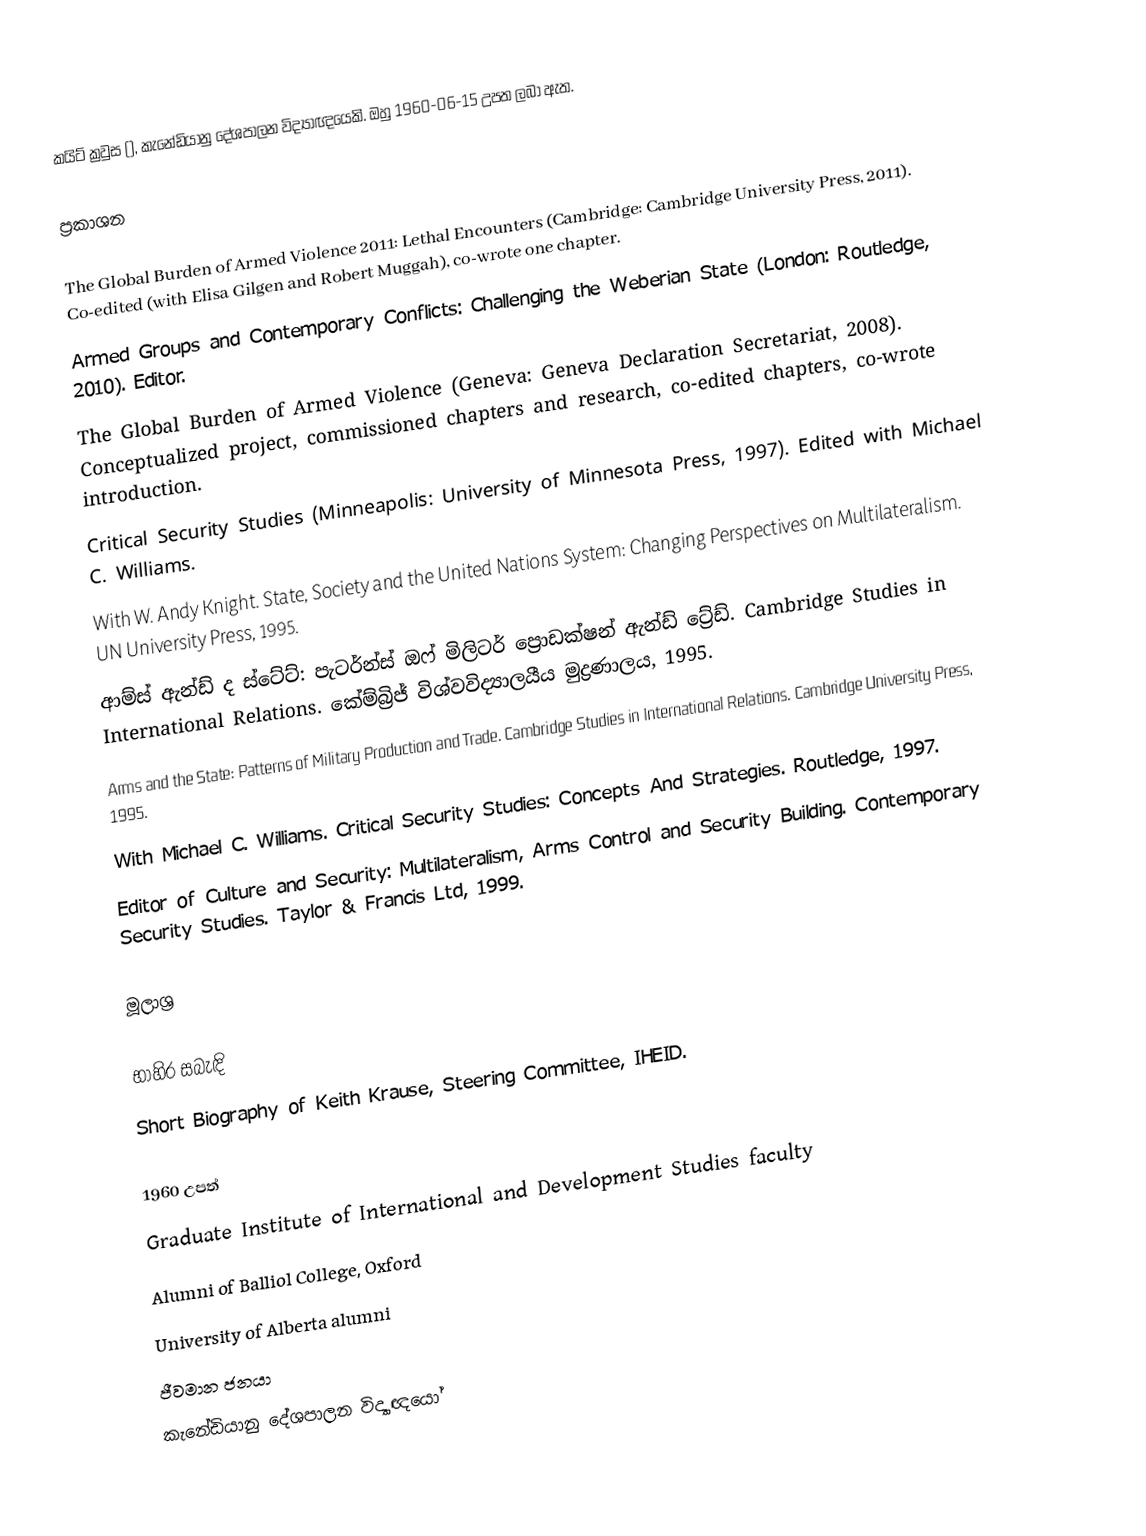
කයිට් ක්‍රවුස (), කැනේඩියානු දේශපාලන විද්‍යාඥයෙකි. ඔහු 1960-06-15 උපත ලබා ඇත.

ප්‍රකාශන

The Global Burden of Armed Violence 2011: Lethal Encounters (Cambridge: Cambridge University Press, 2011). Co-edited (with Elisa Gilgen and Robert Muggah), co-wrote one chapter.
Armed Groups and Contemporary Conflicts: Challenging the Weberian State (London: Routledge, 2010). Editor.
The Global Burden of Armed Violence (Geneva: Geneva Declaration Secretariat, 2008). Conceptualized project, commissioned chapters and research, co-edited chapters, co-wrote introduction.
Critical Security Studies (Minneapolis: University of Minnesota Press, 1997). Edited with Michael C. Williams.
With W. Andy Knight. State, Society and the United Nations System: Changing Perspectives on Multilateralism. UN University Press, 1995.
ආම්ස් ඇන්ඩ් ද ස්ටේට්: පැටර්න්ස් ඔෆ් මිලිටර් ප්‍රොඩක්ෂන් ඇන්ඩ් ට්‍රේඩ්. Cambridge Studies in International Relations. කේම්බ්‍රිජ් විශ්වවිද්‍යාලයීය මුද්‍රණාලය, 1995.
Arms and the State: Patterns of Military Production and Trade. Cambridge Studies in International Relations. Cambridge University Press, 1995.
With Michael C. Williams. Critical Security Studies: Concepts And Strategies. Routledge, 1997.
Editor of Culture and Security: Multilateralism, Arms Control and Security Building. Contemporary Security Studies. Taylor & Francis Ltd, 1999.

මූලාශ්‍ර

භාහිර සබැඳි
Short Biography of Keith Krause, Steering Committee, IHEID.

1960 උපත්
Graduate Institute of International and Development Studies faculty
Alumni of Balliol College, Oxford
University of Alberta alumni
ජීවමාන ජනයා
කැනේඩියානු දේශපාලන විද්‍යාඥයෝ